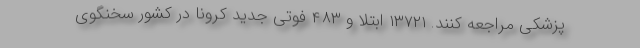
پزشکی مراجعه کنند. ۱۳۷۲۱ ابتلا و ۴۸۳ فوتی جدید کرونا در کشور سخنگوی